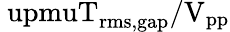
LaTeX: \mathrm{\ upmuT_{rms,gap}/V_{pp}}